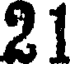
21